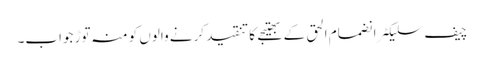
چیف سلیکٹر انضمام الحق کے بھتیجے کا تنقید کرنے والوں کو منہ توڑ جواب۔